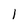
Character: 1